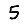
Digit: 5